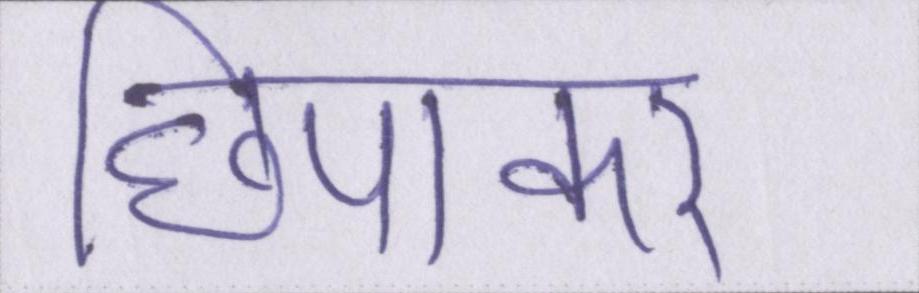
छिपाकर